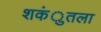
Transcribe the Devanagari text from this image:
शकंुतला